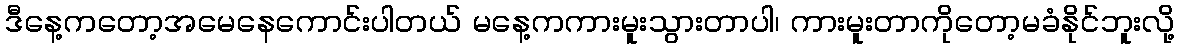
ဒီနေ့ကတော့အမေနေကောင်းပါတယ် မနေ့ကကားမူးသွားတာပါ၊ ကားမူးတာကိုတော့မခံနိုင်ဘူးလို့